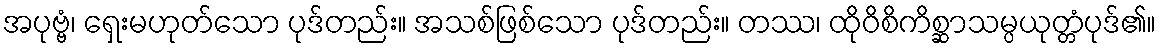
အပုဗ္ဗံ၊ ရှေးမဟုတ်သော ပုဒ်တည်း။ အသစ်ဖြစ်သော ပုဒ်တည်း။ တဿ၊ ထိုဝိစိကိစ္ဆာသမ္ပယုတ္တံပုဒ်၏။